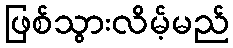
ဖြစ်သွားလိမ့်မည်